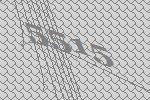
5515